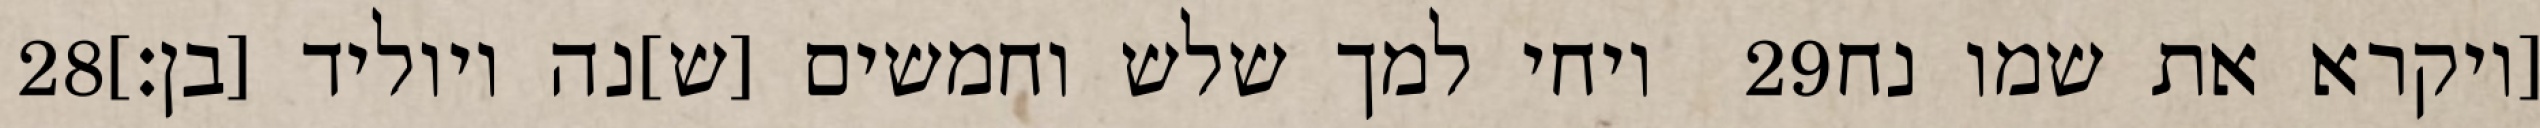
‎28‏ ויחי למך שלש וחמשים [ש]נה ויוליד [בן׃] ‎29‏ [ויקרא את שמו נח